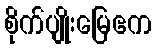
စိုက်ပျိုးမြေဧက